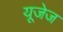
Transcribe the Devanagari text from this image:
यूजेज